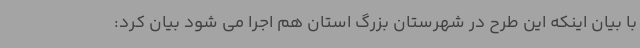
با بیان اینکه این طرح در شهرستان بزرگ استان هم اجرا می شود بیان کرد: